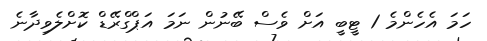
ހަމަ އެހެންމެ 1 ޓީބީ އަށް ވެސް ބޭނުން ނަމަ އަޕްގްރޭޑް ކޮށްލެވިދާނެ